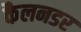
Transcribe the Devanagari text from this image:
कैलनडर